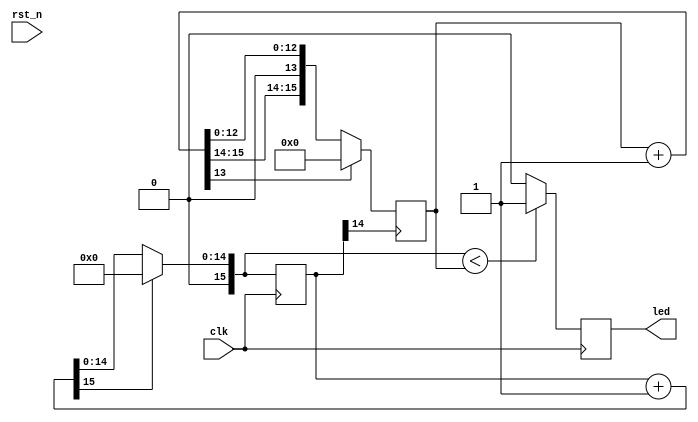
module pwm(clk,rst_n,led);

input clk;//clk=50M=50 000 000
input rst_n;
output reg led;   //led

reg [15:0] pwm,count;  //PMW


//  
 always @(posedge clk)
	 begin
	 	count=count+1;
	   	if(count[15] == 1)    //
		  count=0;
		if(count < pwm)        //PWMLED=1
	  		led=1;
	 	else 
	 		led=0;            //PWM0
	end

//  2**14*20ns pwm1pwm
always @(posedge count[14])          //PWM/ 
	 begin
	  pwm =pwm + 1'b1;                                //PWM 1
	  if(pwm[13] == 1)                               //
	   pwm = 0;
	 end 
 
endmodule